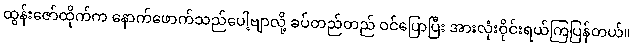
ထွန်းဇော်ထိုက်က နောက်ဖောက်သည်ပေါ့ဗျာလို့ ခပ်တည်တည် ဝင်ပြောပြီး အားလုံးဝိုင်းရယ်ကြပြန်တယ်။